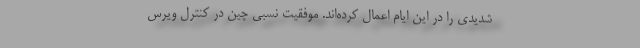
شدیدی را در این ایام اعمال کرده‌اند. موفقیت نسبی چین در کنترل ویرس